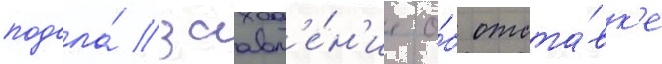
подала́ заавл'е́н'ие о́б отста́вк'е